Problem: 4 × 8 = ?
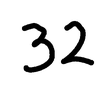
Handwritten answer: 32